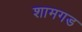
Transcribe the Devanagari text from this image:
शामगड